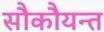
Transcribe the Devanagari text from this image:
सौकौयन्त